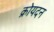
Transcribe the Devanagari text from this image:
क्रोयदन